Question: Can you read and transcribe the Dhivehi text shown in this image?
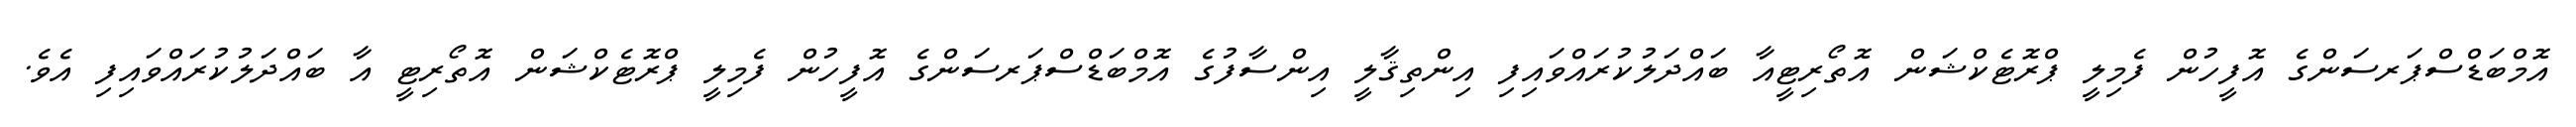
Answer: އޮމްބަޑްސްޕަރސަންގެ އޮފީހުން ފެމިލީ ޕްރޮޓެކްޝަން އޮތޯރިޓީއާ ބައްދަލުކުރައްވައިފި އިންތިޤާލީ އިންސާފުގެ އޮމްބަޑްސްޕަރސަންގެ އޮފީހުން ފެމިލީ ޕްރޮޓެކްޝަން އޮތޯރިޓީ އާ ބައްދަލުކުރައްވައިފި އެވެ.